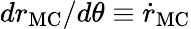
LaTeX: {{dr_{\mathrm{MC}}}/{d\theta}}\equiv\dot{r}_{\mathrm{MC}}